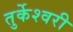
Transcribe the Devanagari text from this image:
तुर्केश्वरी